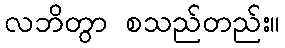
လဘိတွာ စသည်တည်း။